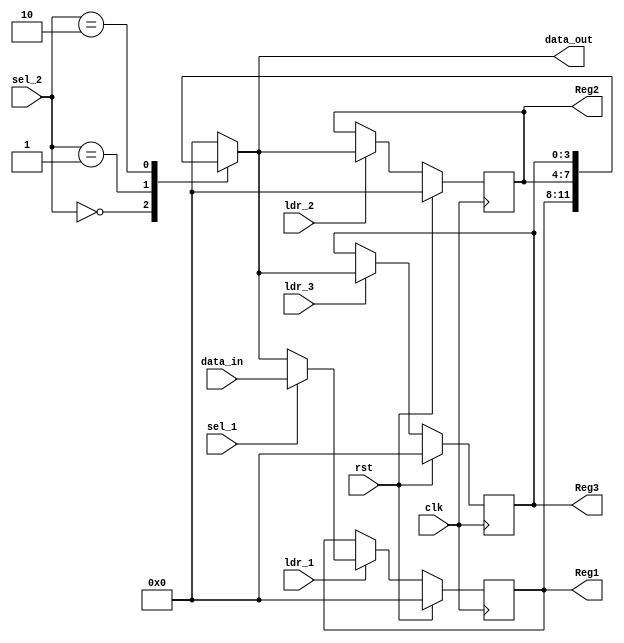
`timescale 1ns / 1ps
//////////////////////////////////////////////////////////////////////////////////
// Company: 
// Engineer: 
// 
// Design Name: 
// Module Name: data_path
// Project Name: 
// Target Devices: 
// Tool Versions: 
// Description: 
// 
// Dependencies: 
// 
// Revision:
// Revision 0.01 - File Created
// Additional Comments:
// 
//////////////////////////////////////////////////////////////////////////////////


module data_path(
 clk, rst , ldr_1  , ldr_2 , ldr_3 , sel_1 ,
 sel_2  ,  data_in ,  data_out , Reg1 , Reg2, Reg3
    );
    input clk, rst , ldr_1  , ldr_2 , ldr_3 , sel_1 ;
input [1:0] sel_2  ; 
input [3:0] data_in ; 
output reg [3:0] data_out ;
output reg [3:0] Reg1  , Reg2 , Reg3 ;
    
    
    
    always @ ( posedge clk   )
begin
if (rst)
begin
Reg1 <= 4'b0000;
end
else if ( ldr_1 )
begin
if (sel_1 )
begin
Reg1 <= data_in ;
end
else
begin
Reg1 <= data_out ;
end
end
else
begin
Reg1 <= Reg1 ;
end
end 


always @ ( posedge clk )
begin
if (rst)
begin
Reg2<= 4'b0000;
end
else if (ldr_2)
begin
Reg2 <= data_out ;
end
else
begin
Reg2 <= Reg2 ;
end
end



always @ ( posedge clk  )
begin
if (rst)
begin
Reg3<= 4'b0000;
end
else if (ldr_3)
begin
Reg3 <= data_out ;
end
else
begin
Reg3 <= Reg3 ;
end
end


always@ ( sel_2 or Reg1 or Reg2 or Reg3 )
begin
case(sel_2)
2'b00 : data_out = Reg1 ;
2'b01 : data_out = Reg2 ;
2'b10 : data_out = Reg3 ;
default : data_out = 4'b0000;
endcase
end

endmodule

    
    
    
    
    
    
    
    
  
  
   /*
    always @ (posedge clk , posedge rst)
    begin
    if (rst)
    Reg1<= 4'b0000;
    else if (ldr_1)
    if (sel_1 )
   Reg1<= data_in ;
   else
   Reg1<= data_out ;
    end 
   
    always @ ( posedge clk , posedge rst )
    begin
    if (rst)
    Reg2 <= 4'b0000;
    else if (ldr_2)
    Reg2 <= data_out ;
    end
   
   
   always@ (posedge clk , posedge rst)
   begin
   if (rst)
   Reg3<= 4'b0000;
   else if ( ldr_3)
   Reg3<= data_out ;
   end
 always @  (sel_2 or Reg1 or Reg2 or Reg3 )
 begin
 case(sel_2) 
 2'b00:  data_out = Reg1 ;
 2'b01 : data_out = Reg2 ;
 2'b10 : data_out = Reg3;
 default : data_out = 4'b0000;
 endcase
 end 
 
   
endmodule */